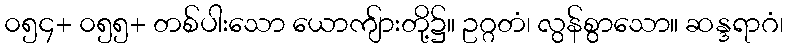
၀၅၄+ ၀၅၅+ တစ်ပါးသော ယောကျ်ားတို့၌။ ဥဂ္ဂတံ၊ လွန်စွာသော။ ဆန္ဒရာဂံ၊